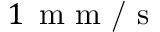
1 \, \textrm { m m / s }